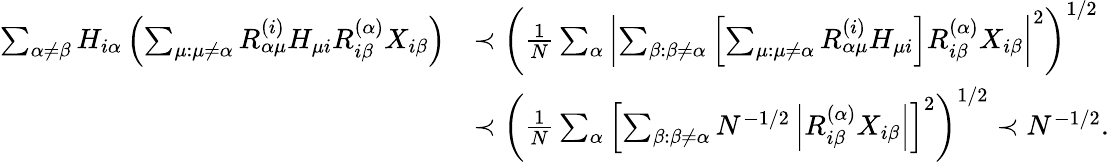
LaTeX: \begin{array}{rl}{\sum_{\alpha\neq\beta}H_{i\alpha}\left(\sum_{\mu:\mu\neq\alpha}R_{\alpha\mu}^{(i)}H_{\mu i}R_{i\beta}^{(\alpha)}X_{i\beta}\right)}&{\prec\left(\frac{1}{N}\sum_{\alpha}\left|\sum_{\beta:\beta\neq\alpha}\left[\sum_{\mu:\mu\neq\alpha}R_{\alpha\mu}^{(i)}H_{\mu i}\right]R_{i\beta}^{(\alpha)}X_{i\beta}\right|^{2}\right)^{1/2}}\\ &{\prec\left(\frac{1}{N}\sum_{\alpha}\left[\sum_{\beta:\beta\neq\alpha}N^{-1/2}\left|R_{i\beta}^{(\alpha)}X_{i\beta}\right|\right]^{2}\right)^{1/2}\prec N^{-1/2}.}\end{array}